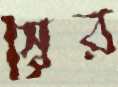
স্বৈর